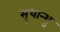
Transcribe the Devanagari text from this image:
सुधान्शु